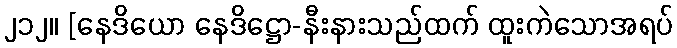
၂၁၂။ [နေဒိယော နေဒိဋ္ဌော-နီးနားသည်ထက် ထူးကဲသောအရပ်